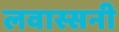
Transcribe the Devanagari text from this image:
लवास्सनी